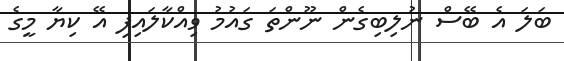
ބަލަ އެ ބޭސް ނުލިބިގެން ނޫންތަ ގައުމު ވިއްކާލައިފި އޭ ކިޔާ މީގެ